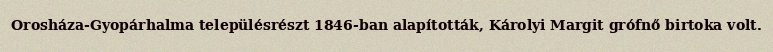
Orosháza-Gyopárhalma településrészt 1846-ban alapították, Károlyi Margit grófnő birtoka volt.